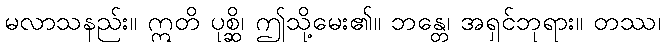
မလာသနည်း။ ဣတိ ပုစ္ဆိ၊ ဤသို့မေး၏။ ဘန္တေ၊ အရှင်ဘုရား။ တဿ၊